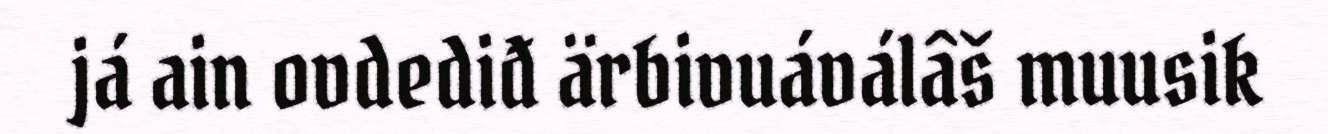
já ain ovdediđ ärbivuáválâš muusik